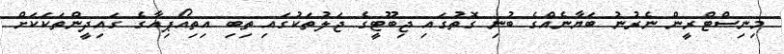
މިނިސްޓްރީން ނެރުނު ބަޔާނެއްގެ ބުނި ގޮތުގައި ޖިބޫޓީގެ ޖަލުތަކުގައި ތިބި އިތިއޯޕިއާގެ ގައިދީންތަކަކަށް